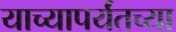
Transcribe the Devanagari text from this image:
याच्यापर्यंतच्या